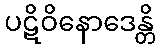
ပဋိဝိနောဒေန္တိ